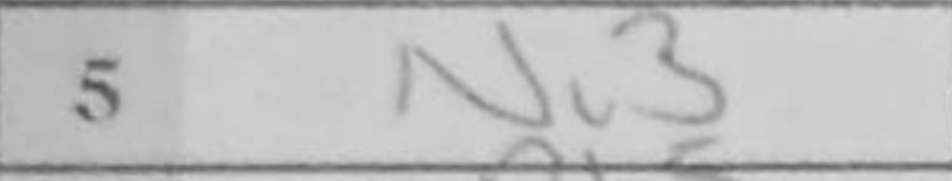
Transcription: Nc3